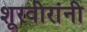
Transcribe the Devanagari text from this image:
शूरवीरांनी